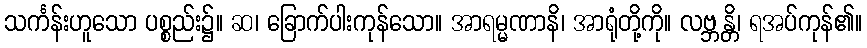
သင်္ကန်းဟူသော ပစ္စည်း၌။ ဆ၊ ခြောက်ပါးကုန်သော။ အာရမ္မဏာနိ၊ အာရုံတို့ကို။ လဗ္ဘန္တိ၊ ရအပ်ကုန်၏။